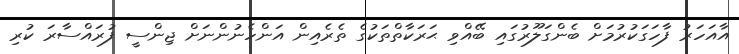
އާއަހަރު ފާހަގަކުރުމަށް ބެންގަލޫރުގައި ބޭއްވި ޙަރަކާތްތަކުގެ ތެރެއިން އަންހެނުންނަށް ޖިންސީ ފުރައްސާރަ ކުރި